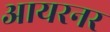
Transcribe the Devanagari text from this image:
आयरनर